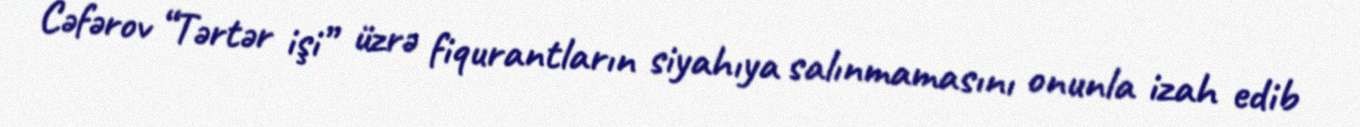
Cəfərov “Tərtər işi” üzrə fiqurantların siyahıya salınmamasını onunla izah edib